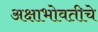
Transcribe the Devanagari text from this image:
अक्षाभोवतीचे